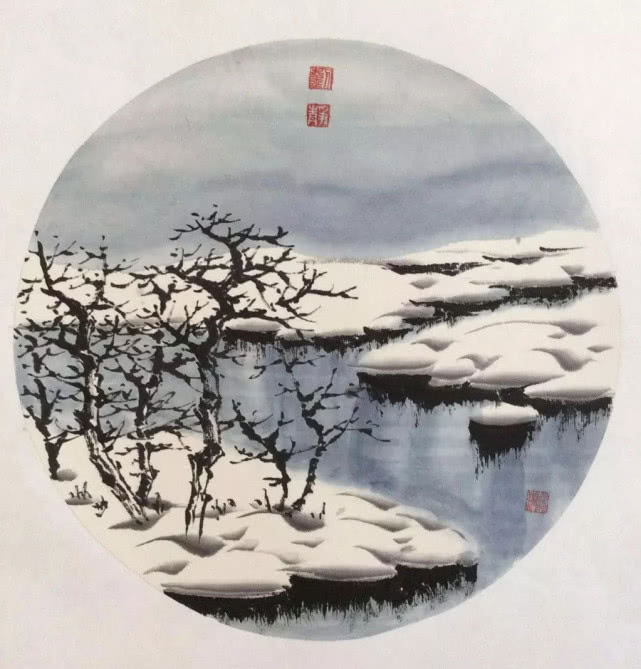
邂逅淇南，岁寒独在，故人襟抱。